Structure of Hæmatopota pluvialis (Meigen) - Number 55
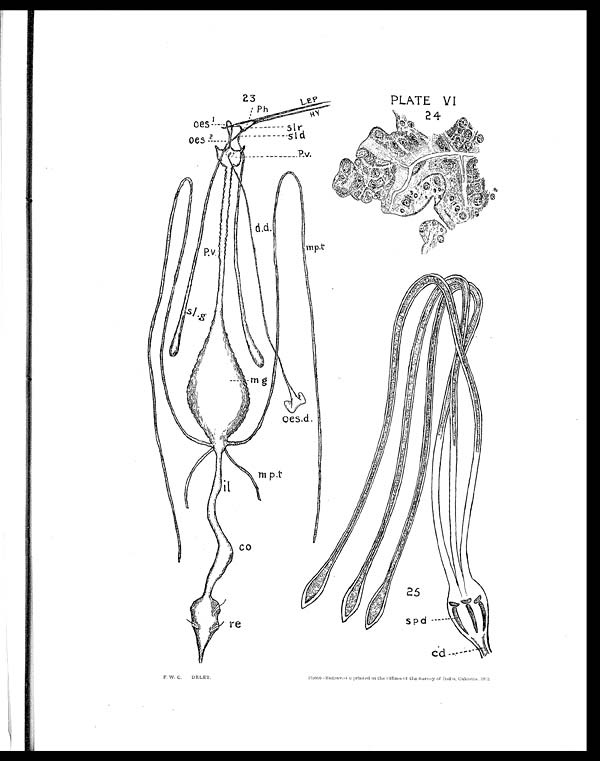
PLATE VI
F. W. C. DELET.
Photo-Engraved & printed at the Offices of the Survey of India, Calcutta, 1912.